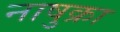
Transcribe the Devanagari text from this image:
नाषुक्रा